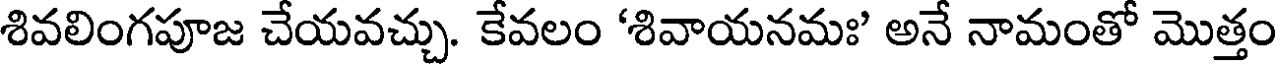
శివలింగపూజ చేయవచ్చు. కేవలం 'శివాయనమః' అనే నామంతో మొత్తం